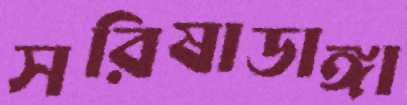
সরিষাডাঙ্গা